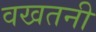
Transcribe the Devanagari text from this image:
वखतनी